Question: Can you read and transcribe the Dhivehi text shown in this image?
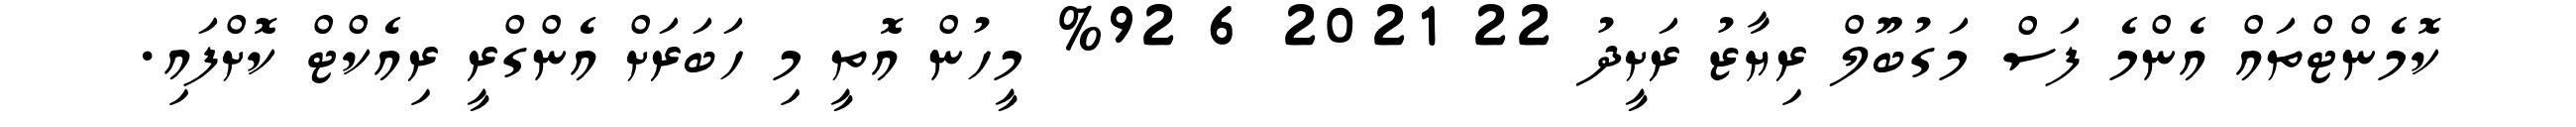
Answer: ކޮމެންޓްތައް އެންމެ ފަސް މަގުބޫލް ރިޔާޒު ރަށީދު 22 2021 6 92% މީހުން އޮތީ މި ހަބަރަށް އެންގްރީ ރިއެކްޓް ކޮށްފައި.